Vaccination in Burma 1889-1999 - 1889-1999
Year: 1889
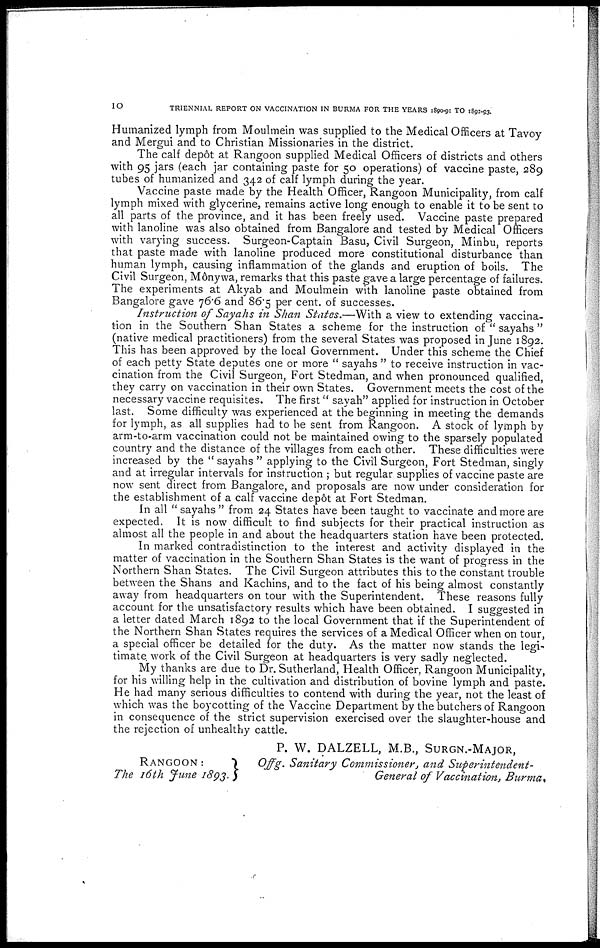
10
TRIENNIAL REPORT ON VACCINATION IN BURMA FOR THE YEARS 1890-91 TO 1892-93.
Humanized lymph from Moulmein was supplied to the Medical Officers at Tavoy
and Mergui and to Christian Missionaries in the district.
The calf depot at Rangoon supplied Medical Officers of districts and others
with 95 jars (each jar containing paste for 50 operations) of vaccine paste, 289
tubes of humanized and 342 of calf lymph during the year.
Vaccine paste made by the Health Officer, Rangoon Municipality, from calf
lymph mixed with glycerine, remains active long enough to enable it to be sent to
all parts of the province, and it has been freely used. Vaccine paste prepared
with lanoline was also obtained from Bangalore and tested by Medical Officers
with varying success. Surgeon-Captain Basu, Civil Surgeon, Minbu, reports
that paste made with lanoline produced more constitutional disturbance than
human lymph, causing inflammation of the glands and eruption of boils. The
Civil Surgeon, M6nywa, remarks that this paste gave a large percentage of failures.
The experiments at Akyab and Moulmein with lanoline paste obtained from
Bangalore gave 76.6 and 86.5 per cent. of successes.
Instruction of Sayahs in Shan States.—With a view to extending vaccina-
tion in the Southern Shan States a scheme for the instruction of " sayahs "
(native medical practitioners) from the several States was proposed in June 1892.
This has been approved by the local Government. Under this scheme the Chief
of each petty State deputes one or more " sayahs " to receive instruction in vac-
cination from the Civil Surgeon, Fort Stedman, and when pronounced qualified,
they carry on vaccination in their own States. Government meets the cost of the
necessary vaccine requisites. The first" sayah" applied for instruction in October
last. Some difficulty was experienced at the beginning in meeting the demands
for lymph, as all supplies had to be sent from Rangoon. A stock of lymph by
arm-to-arm vaccination could not be maintained owing to the sparsely populated
country and the distance of the villages from each other. These difficulties were
increased by the " sayahs " applying to the Civil Surgeon, Fort Stedman, singly
and at irregular intervals for instruction ; but regular supplies of vaccine paste are
now sent direct from Bangalore, and proposals are now under consideration for
the establishment of a calf vaccine dep6t at Fort Stedman.
In all " sayahs " from 24 States have been taught to vaccinate and more are
expected. It is now difficult to find subjects for their practical instruction as
almost all the people in and about the headquarters station have been protected.
In marked contradistinction to the interest and activity displayed in the
matter of vaccination in the Southern Shan States is the want of progress in the
Northern Shan States. The Civil Surgeon attributes this to the constant trouble
between the Shans and Kachins, and to the fact of his being almost constantly
away from headquarters on tour with the Superintendent. These reasons fully
account for the unsatisfactory results which have been obtained. I suggested in
a letter dated March 1892 to the local Government that if the Superintendent of
the Northern Shan States requires the services of a Medical Officer when on tour,
a special officer be detailed for the duty. As the matter now stands the legi-
timate, work of the Civil Surgeon at headquarters is very sadly neglected.
My thanks are due to Dr. Sutherland, Health Officer, Rangoon Municipality,
for his willing help in the cultivation and distribution of bovine lymph and paste.
He had many serious difficulties to contend with during the year, not the least of
which was the boycotting of the Vaccine Department by the butchers of Rangoon
in consequence of the strict supervision exercised over the slaughter-house and
the rejection of unhealthy cattle.
P. W. DALZELL, M.B., SURGAN-MAJOR,
Offg. Sanitary Commissioner, and Superintendent-
General of Vaccination, Burma.
RANGOON:
The 16th June 1893.